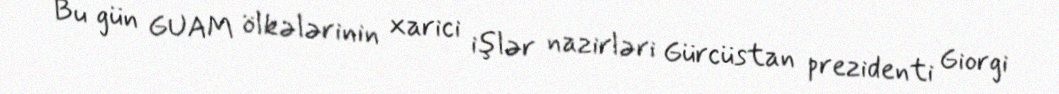
Bu gün GUAM ölkələrinin xarici işlər nazirləri Gürcüstan prezidenti Giorgi